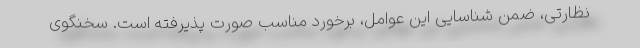
نظارتی، ضمن شناسایی این عوامل، برخورد مناسب صورت پذیرفته است. سخنگوی